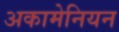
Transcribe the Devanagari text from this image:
अकामेनियन